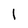
Character: l